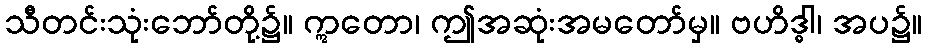
သီတင်းသုံးဘော်တို့၌။ ဣတော၊ ဤအဆုံးအမတော်မှ။ ဗဟိဒ္ဓါ၊ အပ၌။